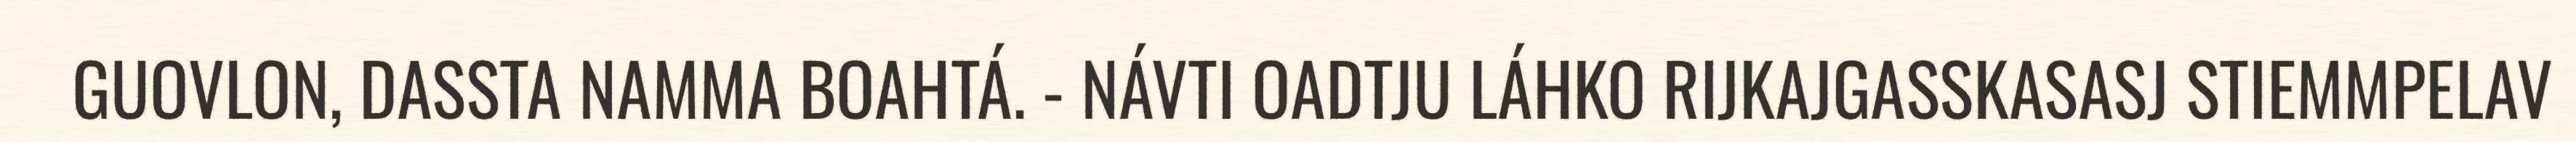
GUOVLON, DASSTA NAMMA BOAHTÁ. - NÁVTI OADTJU LÁHKO RIJKAJGASSKASASJ STIEMMPELAV